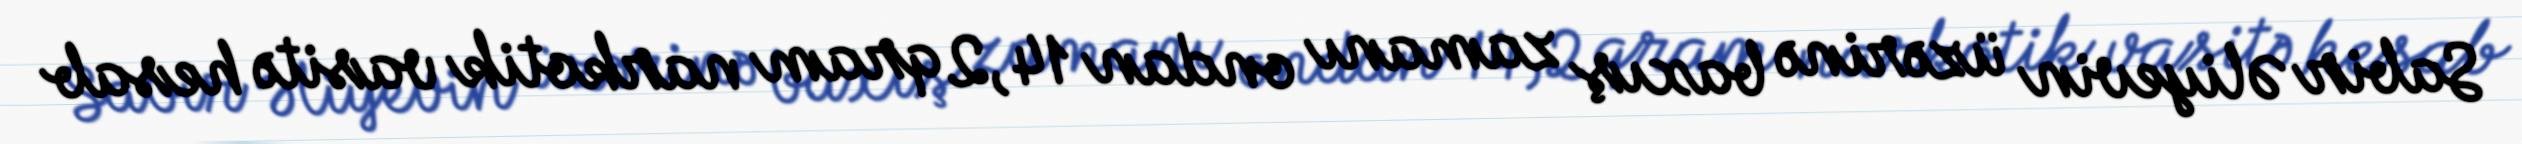
Sabir Əliyevin üzərinə baxış zamanı ondan 14,2 qram narkotik vasitə hesab